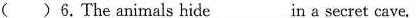
( )6. The animals hide___in a secret cave.